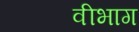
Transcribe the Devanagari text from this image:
वीभाग